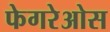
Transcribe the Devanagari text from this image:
फेगरेओस